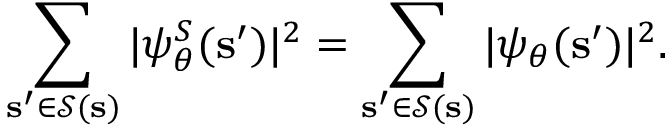
\sum _ { \mathbf { s ^ { \prime } } \in \mathcal { S } ( \mathbf { s } ) } | \psi _ { \boldsymbol \theta } ^ { S } ( \mathbf { s ^ { \prime } } ) | ^ { 2 } = \sum _ { \mathbf { s ^ { \prime } } \in \mathcal { S } ( \mathbf { s } ) } | \psi _ { \boldsymbol \theta } ( \mathbf { s ^ { \prime } } ) | ^ { 2 } .